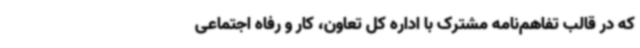
که در قالب تفاهم‌نامه مشترک با اداره کل تعاون، کار و رفاه اجتماعی